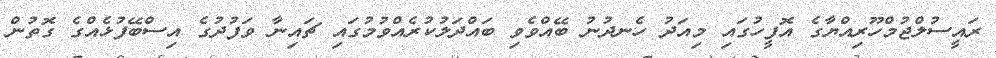
ރައީސުލްޖުމްހޫރިއްޔާގެ އޮފީހުގައި މިއަދު ހެނދުނު ބޭއްވެވި ބައްދަލުކުރެއްވުމުގައި ޗައިނާ ވަފުދުގެ އިސްބޭފުޅެއްގެ ގޮތުން